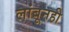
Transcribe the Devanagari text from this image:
लांबूनही